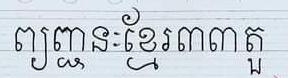
ព្យញ្ជានៈខ្មែរ៣៣តួ